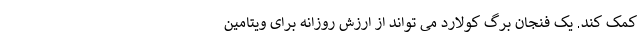
کمک کند. یک فنجان برگ کولارد می تواند از ارزش روزانه برای ویتامین